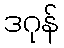
ဒဂုန်